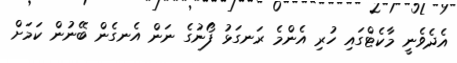
އެދެވެނީ މާކެޓްގައި ހުރި އެންމެ ރަނގަޅު ފޯނުގެ ނަން އެނގެން ބޭނުން ކަމަށް